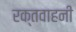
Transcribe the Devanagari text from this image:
रक्तवाहनी